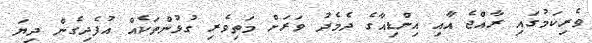
ވެރިކަމުގައި ރާއްޖެ އާއި އިންޑިއާގެ ދެމެދު ވަރަށް މަތިވެރި ގުޅުންތަކެއް އުފެދިގެން ދިޔަ